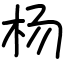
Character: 杨